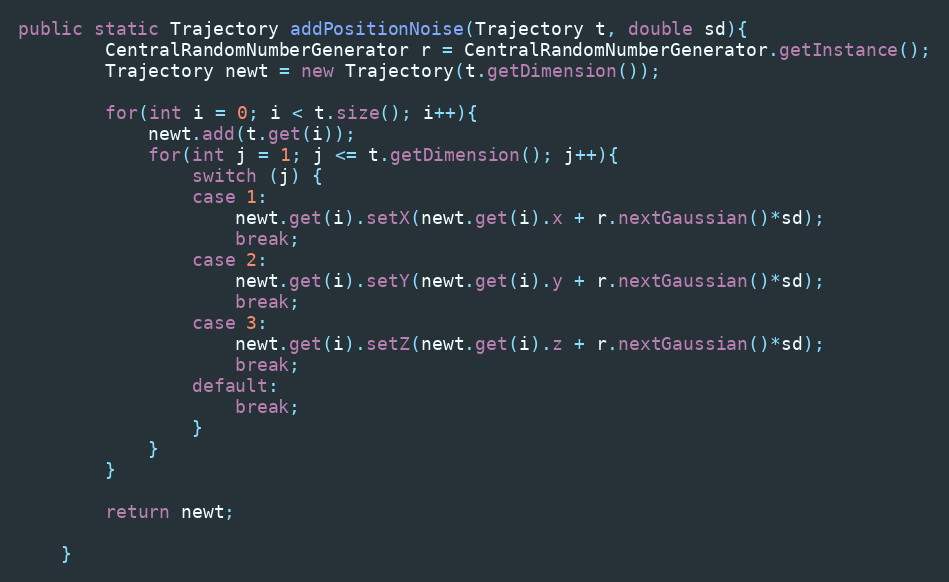
Language: Java
public static Trajectory addPositionNoise(Trajectory t, double sd){
		CentralRandomNumberGenerator r = CentralRandomNumberGenerator.getInstance();
		Trajectory newt = new Trajectory(t.getDimension());

		for(int i = 0; i < t.size(); i++){
			newt.add(t.get(i));
			for(int j = 1; j <= t.getDimension(); j++){
				switch (j) {
				case 1:
					newt.get(i).setX(newt.get(i).x + r.nextGaussian()*sd);
					break;
				case 2:
					newt.get(i).setY(newt.get(i).y + r.nextGaussian()*sd);
					break;
				case 3:
					newt.get(i).setZ(newt.get(i).z + r.nextGaussian()*sd);
					break;
				default:
					break;
				}
			}
		}

		return newt;

	}